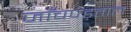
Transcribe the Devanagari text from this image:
जाँचपड़ताल